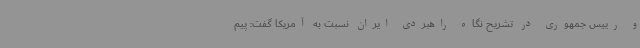
و رییس جمهوری در تشریح نگاه راهبردی ایران نسبت به آمریکا گفت: پیم